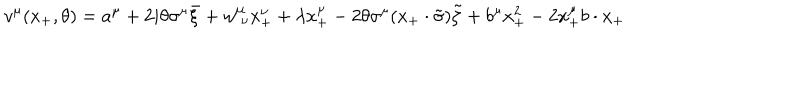
v ^ { \mu } ( x _ { + } , \theta ) = a ^ { \mu } + 2 i \theta \sigma ^ { \mu } \bar { \xi } + w _ { ~ \nu } ^ { \mu } x _ { + } ^ { \nu } + \lambda x _ { + } ^ { \mu } - 2 \theta \sigma ^ { \mu } ( x _ { + } \cdot \tilde { \sigma } ) \tilde { \zeta } + b ^ { \mu } x _ { + } ^ { 2 } - 2 x _ { + } ^ { \mu } b \cdot x _ { + }